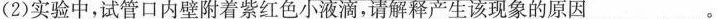
(2)实验中，试管口内壁附着紫红色小液滴，请解释产生该现象的原因___。